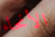
الأنحاء